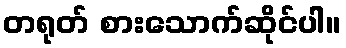
တရုတ် စားသောက်ဆိုင်ပါ။